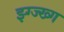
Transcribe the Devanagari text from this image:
झ्ग्ज्ख्ग